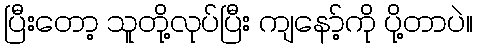
ပြီးတော့ သူတို့လုပ်ပြီး ကျနော့်ကို ပို့တာပဲ။